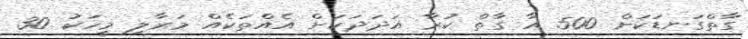
ގާތްގަނޑަކަށް 500 އާ ގާތް ކުރާ އަދަދަކަށް އެއްތަކެއް މަރާލި މީހަކު 30